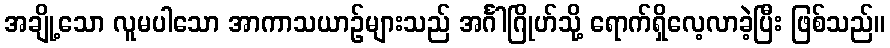
အချို့သော လူမပါသော အာကာသယာဉ်များသည် အင်္ဂါဂြိုဟ်သို့ ရောက်ရှိလေ့လာခဲ့ပြီး ဖြစ်သည်။